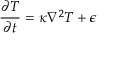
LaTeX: { \frac { \partial T } { \partial t } } = \kappa \nabla ^ { 2 } T + \epsilon